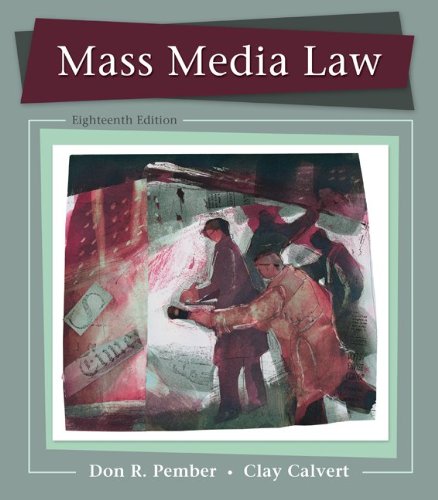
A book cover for Mass Media Law; Don Pember; Law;